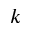
k